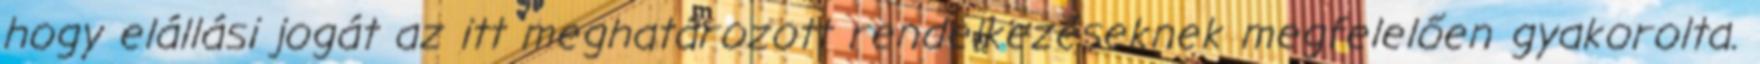
hogy elállási jogát az itt meghatározott rendelkezéseknek megfelelően gyakorolta.